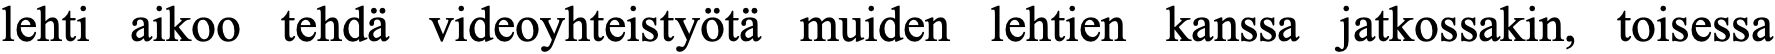
lehti aikoo tehdä videoyhteistyötä muiden lehtien kanssa jatkossakin, toisessa